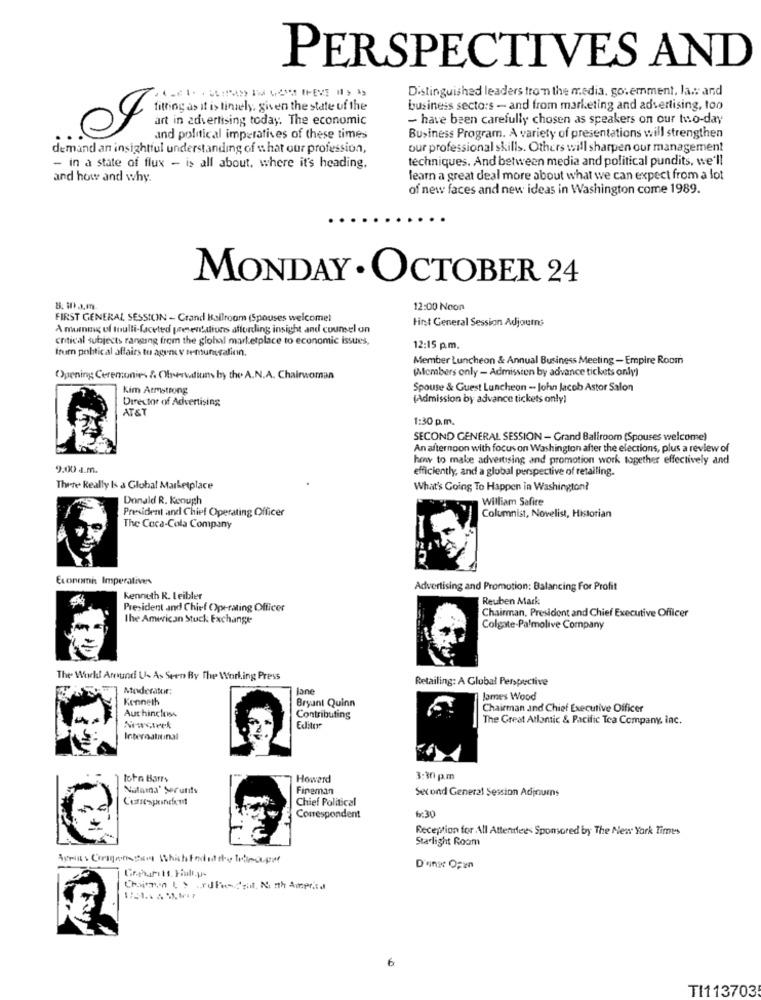
PERSPECTIVES AND
Distinguished leaders from the media, government, la .: and
business sectors - and from marketing and advertising, too
art in advertising today. The economic
- have been carefully chosen as speakers on our two-day
tations as it is linely, given the state of the
and political imperatives of these times
Business Program. A variety of presentations will strengthen
demand an insightful understanding of what our profession,
our professional skills. Others will sharpen our management
techniques. And between media and political pundits, we'll
- in a state of flux - is all about, where it's heading,
and how and why.
learn a great deal more about what we can expect from a lot
of new faces and new ideas in Washington come 1989.
MONDAY . OCTOBER 24
12:00 Noon
FIRST GENERAL SESSION - Crand Ballroom (Spouses welcomel
First General Session Adjourns
A mummg of tuulti-faceted presentations affordling insight and counsel on
critical subjects ranging from the global marketplace to economic issues,
frum political affairs to agency remuneration.
12:15 p.m.
Member Luncheon & Annual Business Meeting - Empire Room
(Members only - Admission by advance tickets only)
Opening Ceremonies & Operations by the A.N.A. Chairwoman
Kim Armstrong
Spouse & Guest Luncheon - John Jacob Astor Salon
Director of Advertising
(Admission by advance tickets only!
AT&T
1:30 p.m.
SECOND GENERAL SESSION - Grand Ballroom (Spouses welcome)
An afternoon with focus on Washington after the elections, plus a review of
how to make advertising and promotion work together effectively and
9.00 a.m.
efficiently, and a global perspective of retailing.
There Really Is a Global Marketplace
What's Going To Happen in Washington?
Donald R. Kenugh
William Safire
President and Chief Operating Officer
Columnist, Novelist, Historian
The Coca-Cola Company
Economi Imperatives
Advertising and Promotion: Balancing For Profit
kenneth R. Leibler
Reuben Mark
President and Chief Operating Officer
The American Stuck Exchange
Chairman, President and Chief Executive Officer
Colgate-Palmolive Company
The World Amund Us As Seen By The Working Press
Retailing: A Global Perspective
Moderator:
lane
Kenneth
Bryant Quinn
James Wood
Aut hinclass
Chairman and Chief Executive Officer
Contributing
The Great Atlantic & Pacific Tea Company, inc.
International
torn Barrs
Howard
3:30 p.m
Natura' Serutity
Fineman
Sex ond General Session Adjours
Chief Political
€30
Correspondent
Reception for All Attendees Sponsored by The New York Times
Starlight Room
Agrias Origenscon Whichtodadie Principet
6
TI113703